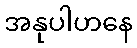
အနုပါဟနေ